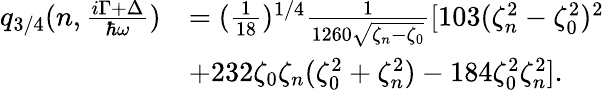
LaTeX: \begin{array}{rl}{q_{3/4}(n,\frac{i\Gamma+\Delta}{\hbar\omega})}&{=(\frac{1}{18})^{1/4}\frac{1}{1260\sqrt{\zeta_{n}-\zeta_{0}}}[103(\zeta_{n}^{2}-\zeta_{0}^{2})^{2}}\\ &{+232\zeta_{0}\zeta_{n}(\zeta_{0}^{2}+\zeta_{n}^{2})-184\zeta_{0}^{2}\zeta_{n}^{2}].}\end{array}